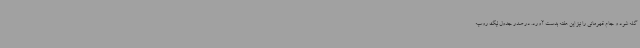
گله شود و جام قهرمانی را نیز این هفته بدست آورد. در صدر جدول لیگ روسیه